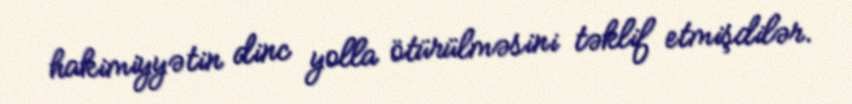
hakimiyyətin dinc yolla ötürülməsini təklif etmişdilər.